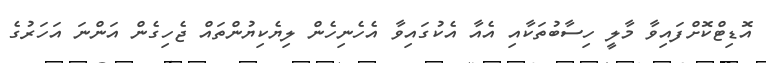
އޮޑިޓްކޮށްފައިވާ މާލީ ހިސާބުތަކާއި އެއާ އެކުގައިވާ އެހެނިހެން ލިޔެކިޔުންތައް ޖެހިގެން އަންނަ އަހަރުގެ